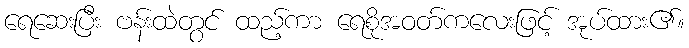
ရေဆေးပြီး ဗန်းထဲတွင် ထည့်ကာ ရေစိုအဝတ်ကလေးဖြင့် အုပ်ထား၏။